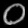
Digit: ၀